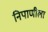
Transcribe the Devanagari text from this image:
निपाणीला